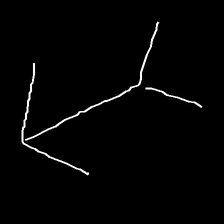
Glyph: gather